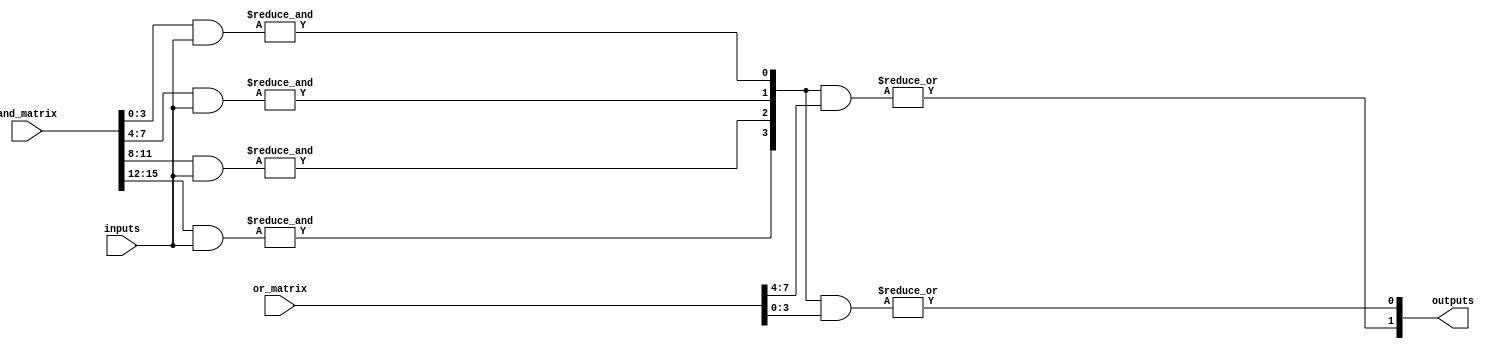
module programmable_logic_array #(parameter N_INPUTS = 4,         // Number of inputs
                                 parameter N_PRODUCT_TERMS = 4, // Number of product terms
                                 parameter N_OUTPUTS = 2)       // Number of outputs
(
    input wire [N_INPUTS-1:0] inputs,                     // Input signals
    input wire [N_PRODUCT_TERMS*N_INPUTS-1:0] and_matrix, // Programming for AND plane
    input wire [N_OUTPUTS*N_PRODUCT_TERMS-1:0] or_matrix, // Programming for OR plane
    output wire [N_OUTPUTS-1:0] outputs                    // Output signals
);

// Internal signals for the product terms
wire [N_PRODUCT_TERMS-1:0] product_terms;

// Generate the AND plane outputs (product terms)
genvar i, j;
generate
    for (i = 0; i < N_PRODUCT_TERMS; i = i + 1) begin : and_plane
        wire [N_INPUTS-1:0] and_inputs;
        assign and_inputs = and_matrix[i*N_INPUTS +: N_INPUTS];
        
        // Generate product term by ANDing the applicable inputs
        assign product_terms[i] = &({and_inputs} & inputs);
    end
endgenerate

// Generate the final outputs using the OR plane
generate
    for (j = 0; j < N_OUTPUTS; j = j + 1) begin : or_plane
        wire [N_PRODUCT_TERMS-1:0] or_terms;
        assign or_terms = or_matrix[j*N_PRODUCT_TERMS +: N_PRODUCT_TERMS];
        
        // Generate output by ORing the applicable product terms
        assign outputs[j] = |(product_terms & or_terms);
    end
endgenerate

endmodule